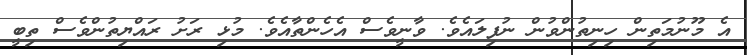
އެ މޫނުމަތިން ހިނިތުންވުން ނުފިލައެވެ. ވާނީވެސް އެހެންތާއެވެ. މުޅި ރަށު ރައްޔިތުންވެސް ތިބީ